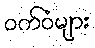
ဝက်ဝံများ